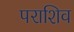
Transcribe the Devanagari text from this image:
पराशिव